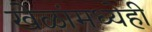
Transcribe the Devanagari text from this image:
खेळांमध्येही